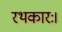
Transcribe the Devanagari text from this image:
रथकारः।